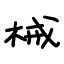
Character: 械